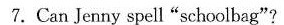
7. Can Jenny spell"schoolbag"?